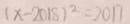
( x - 2 0 1 8 ) ^ { 2 } = 2 0 1 7